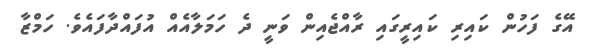
އޭގެ ފަހުން ކައިރި ކައިރީގައި ރާއްޖެއިން ވަނީ ދެ ހަމަލާއެއް އުފައްދާފައެވެ. ހަމްޒާ